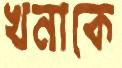
খনাকে